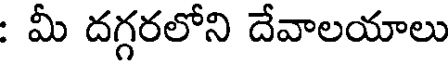
: మీ దగ్గరలోని దేవాలయాలు